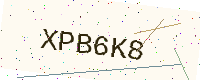
Text: XPB6K8